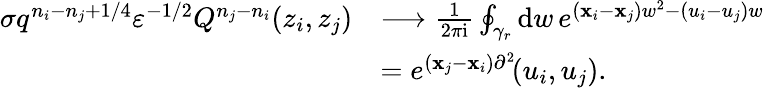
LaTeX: \begin{array}{rl}{\sigma q^{n_{i}-n_{j}+1/4}\varepsilon^{-1/2}Q^{n_{j}-n_{i}}(z_{i},z_{j})}&{\longrightarrow\frac{1}{2\pi\mathrm{i}}\oint_{\gamma_{r}}\mathrm{d}w\, e^{(\mathbf{x}_{i}-\mathbf{x}_{j})w^{2}-(u_{i}-u_{j})w}}\\ &{=e^{(\mathbf{x}_{j}-\mathbf{x}_{i})\partial^{2}}\! (u_{i},u_{j}).}\end{array}